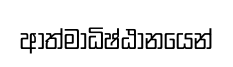
ආත්මාධිෂ්ඨානයෙන්